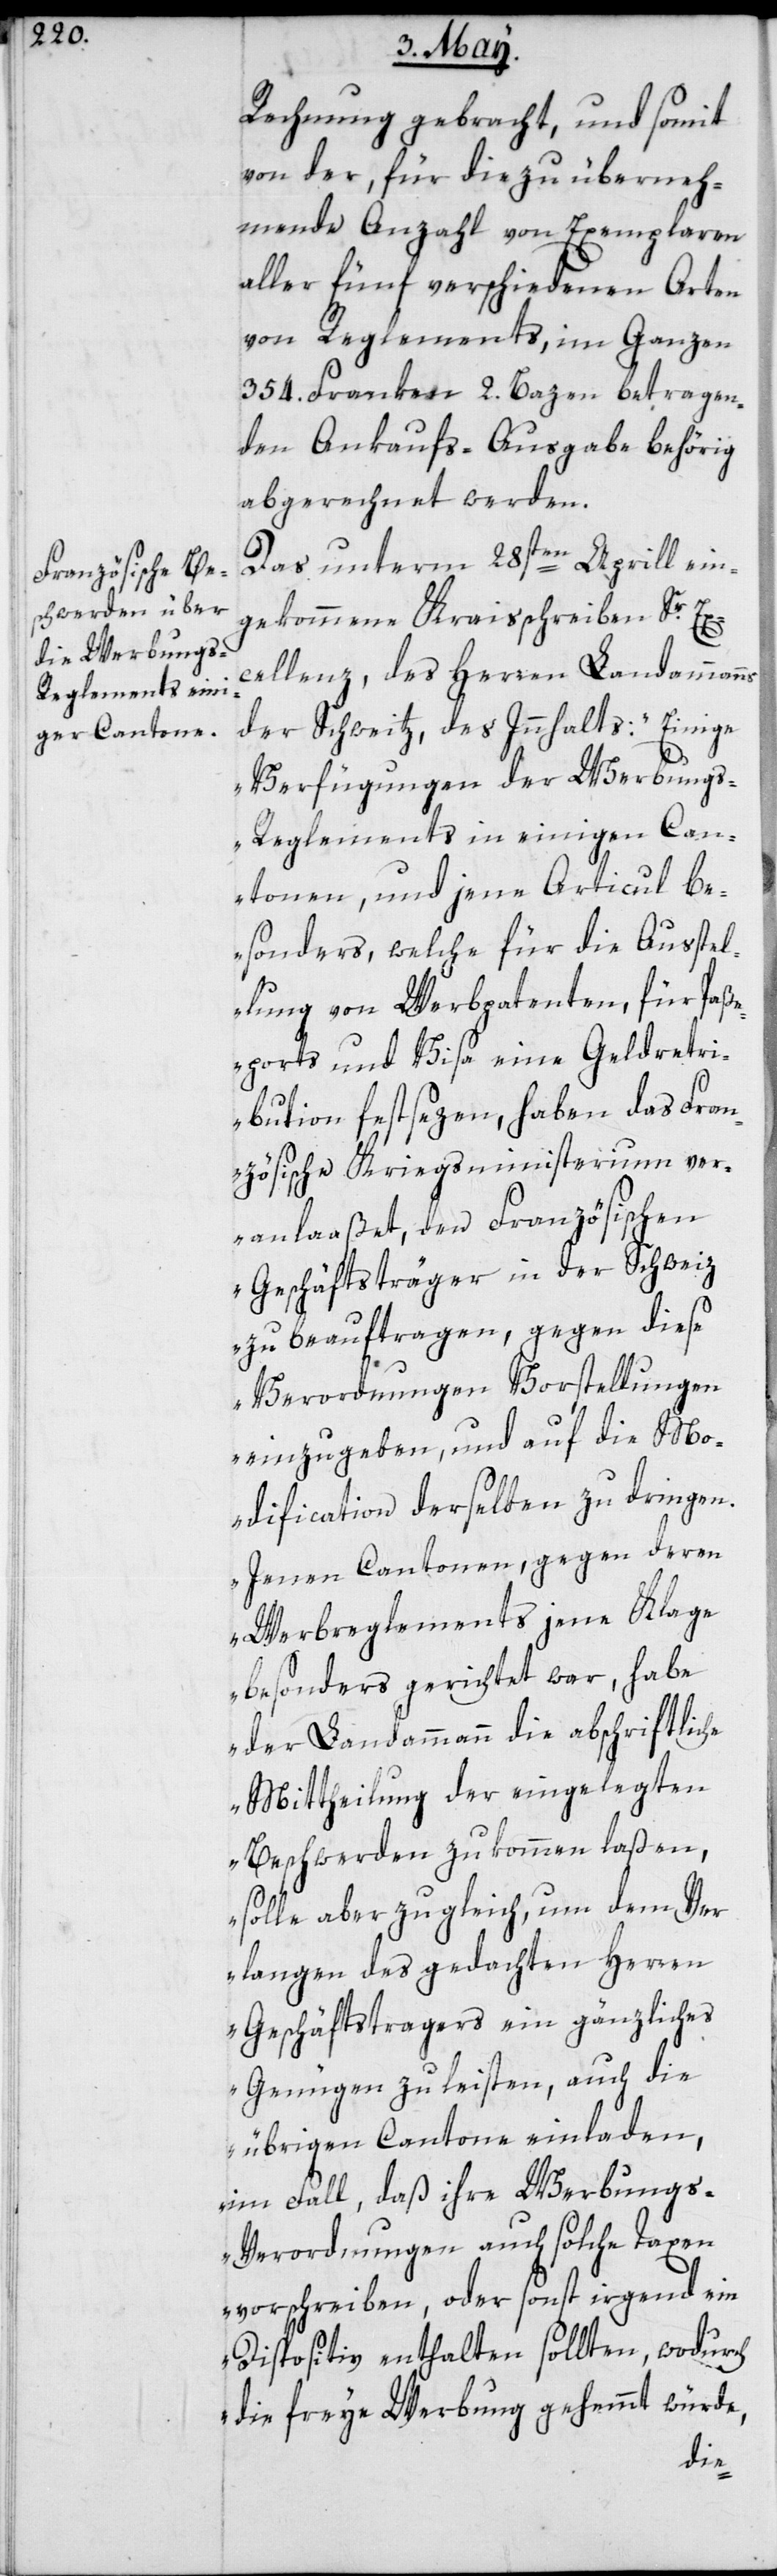
Rechnung gebracht, und somit
von der, für die zu überneh¬
mende Anzahl von Exemplaren
aller fünf verschiedenen Arten
von Reglements, im Ganzen
354. Franken 2. Bazen betragen¬
den Ankaufs-Ausgabe behörig
abgerechnet werden.
Das unterm 28sten Aprill ein¬
gekommene Kraisschreiben Sr Ex¬
cellenz des Herren Landammanns
der Schweitz, des Innhalts: „Einige
Verfügungen der Werbung¬
s-Reglements in einigen Can¬
tonen, und jene Articul be¬
sonders, welche für die Ausstel¬
lung von Werbpatenten, für Paß¬
eports und Visa eine Geldretri¬
bution festsezen, haben das Fran¬
zösische Kriegsministerium ver¬
anlaaßet, den Französischen
Geschäftsträger in der Schweiz
zu beauftragen, gegen diese
Verordnungen Vorstellungen
einzugeben, und auf die Mo¬
dification derselben zu dringen.
Jenen Cantonen, gegen deren
Werbregelements jene Klage
besonders gerichtet war, habe
der Landammann die abschriftliche
Mittheilung der eingelegten
Beschwerden zukommen laßen,
solle aber zugleich, um dem Ver¬
langen des gedachten Herren
Geschäftsträgers ein gänzliches
Genügen zu leisten, auch die
übrigen Cantone einladen,
im Fall, daß ihre Werbung¬
s-Verordnungen auch solche Taxen
vorschreiben, oder sonst irgend ein
Dispositiv enthalten sollten, wodurch
die freye Werbung gehemmt würde,